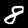
Digit: 8